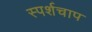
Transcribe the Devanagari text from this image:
स्पर्शचाप